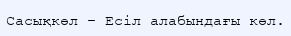
Сасықкөл – Есіл алабындағы көл.